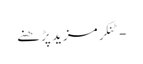
- ٹنکرمزید پڑھنے